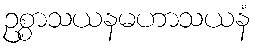
ဥစ္စာသယနမဟာသယနံ